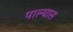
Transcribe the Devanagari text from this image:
पाल्यास